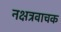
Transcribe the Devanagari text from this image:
नक्षत्रवाचक